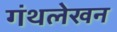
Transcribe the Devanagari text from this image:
गंथलेखन